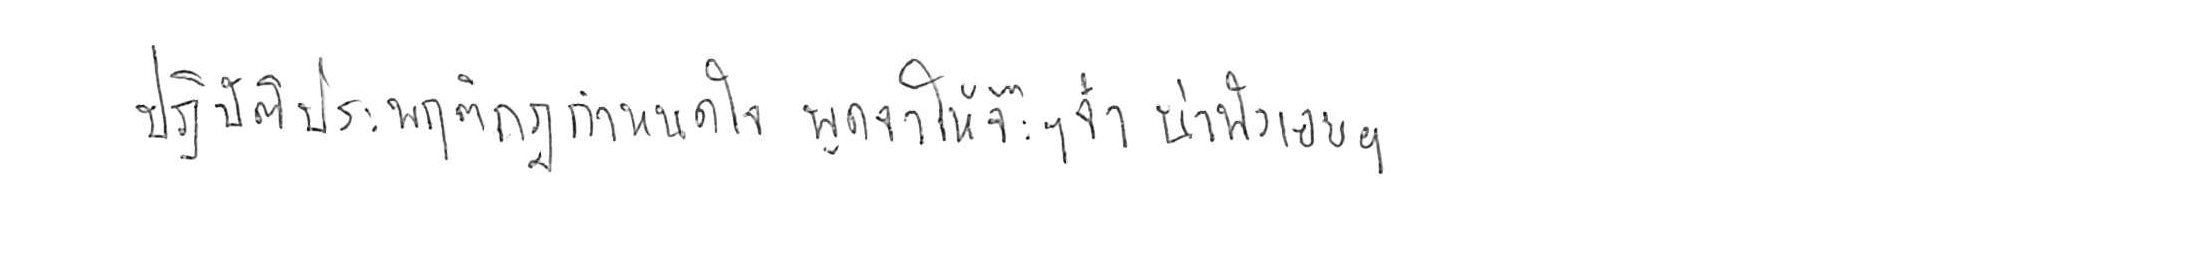
ปฏิบัติประพฤติกฎกำหนดใจ พูดจาให้จ๊ะๆ จ๋า น่าฟังเอยฯ